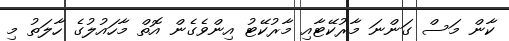
ކާން މަސް ގަންނަ މާރުކޭޓާއި މާރުކޭޓު އިންވެގެން އޮތް މާހައުލުގެ ހާލަތު މި